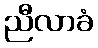
ညီလာခံ